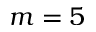
m = 5